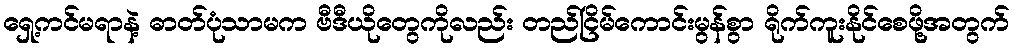
ရှေ့ကင်မရာနဲ့ ဓာတ်ပုံသာမက ဗီဒီယိုတွေကိုလည်း တည်ငြိမ်ကောင်းမွန်စွာ ရိုက်ကူးနိုင်စေဖို့အတွက်